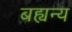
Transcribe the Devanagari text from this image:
बह्यन्य